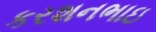
કરશનભાઇ